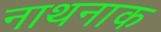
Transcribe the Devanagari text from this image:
नाथनाक